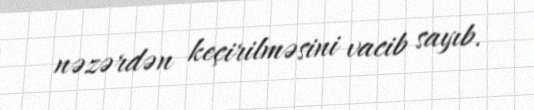
nəzərdən keçirilməsini vacib sayıb.